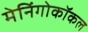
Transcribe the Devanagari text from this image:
मेनिंगोकॉकल